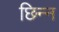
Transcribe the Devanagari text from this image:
छिन्‍न